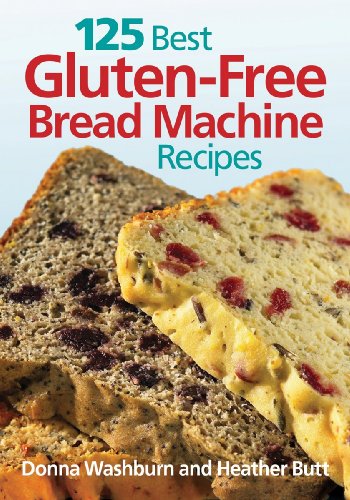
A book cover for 125 Best Gluten-Free Bread Machine Recipes; Donna Washburn; Cookbooks, Food & Wine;